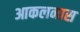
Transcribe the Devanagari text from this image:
आकलनास